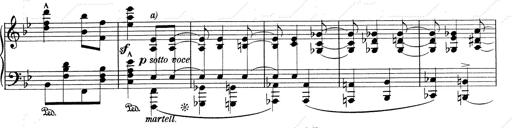
Title: RÃ©miniscences de Don Juan
Composer: Franz Liszt